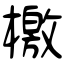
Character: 檄